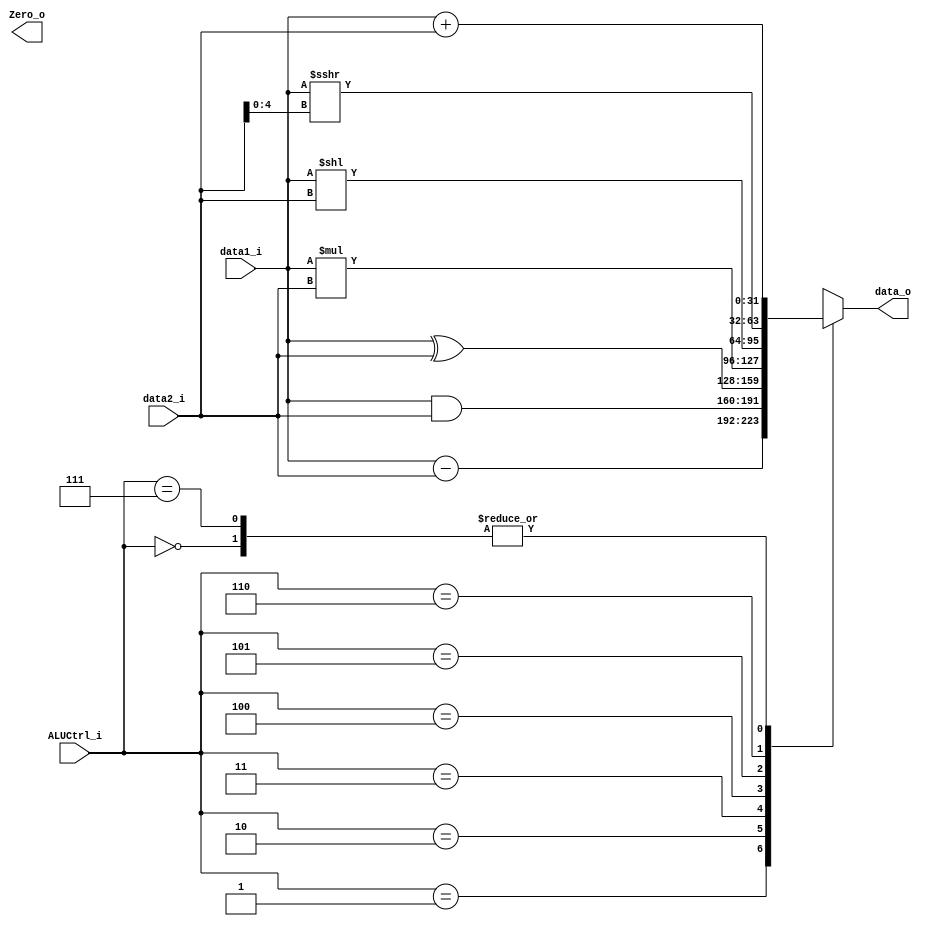

module ALU(
    data1_i,    //(ReadData1_to_ALU),
    data2_i,    //(MUX_to_ALU),
    ALUCtrl_i,  //(ALUControl_to_ALU),
    data_o,     //(ALUresult_to_WriteData),
    Zero_o     
);
input signed [31:0] data1_i, data2_i;
input signed [2:0] ALUCtrl_i;
output Zero_o;
output reg signed [31:0] data_o;
reg signed [31:0] tmp;
always@(data1_i or data2_i or ALUCtrl_i) begin
  case(ALUCtrl_i)                 
    3'b000  : data_o = data1_i + data2_i;      // add, lw, sw
    3'b001  : data_o = data1_i - data2_i;      // subtraction
    3'b010  : data_o = data1_i & data2_i;      // and
    3'b011  : data_o = data1_i ^ data2_i;      // xor
    3'b100  : data_o = data1_i * data2_i;      // mult
    3'b101  : data_o = data1_i << data2_i;     // shift left
    3'b110  : data_o = data1_i >>> data2_i[4:0];     // shift right arithmetic
    3'b111  : data_o = data1_i + data2_i;   
  endcase
end
endmodule